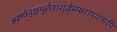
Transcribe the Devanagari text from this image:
अरण्येवृक्षमूलेवाशुद्धेसंस्थापयत्यपि